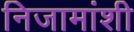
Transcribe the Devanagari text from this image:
निजामांशी